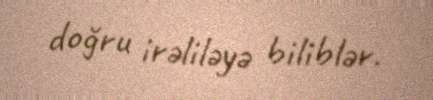
doğru irəliləyə biliblər.